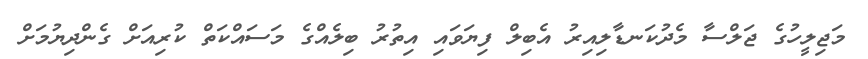
މަޖިލީހުގެ ޖަލްސާ މެދުކަނޑާލިއިރު އެބިލް ފިޔަވައި އިތުރު ބިލެއްގެ މަސައްކަތް ކުރިއަށް ގެންދިޔުމަށް